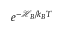
e ^ { - \mathcal { H } _ { B } / k _ { B } T }